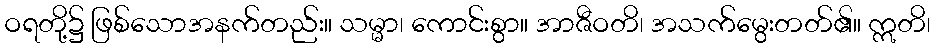
ဝရတို့၌ ဖြစ်သောအနက်တည်း။ သမ္မာ၊ ကောင်းစွာ။ အာဇီဝတိ၊ အသက်မွေးတတ်၏။ ဣတိ၊